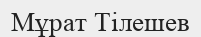
Мұрат Тілешев